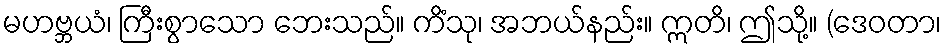
မဟဗ္ဘယံ၊ ကြီးစွာသော ဘေးသည်။ ကိံသု၊ အဘယ်နည်း။ ဣတိ၊ ဤသို့။ (ဒေဝတာ၊